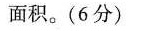
面积。(6分)